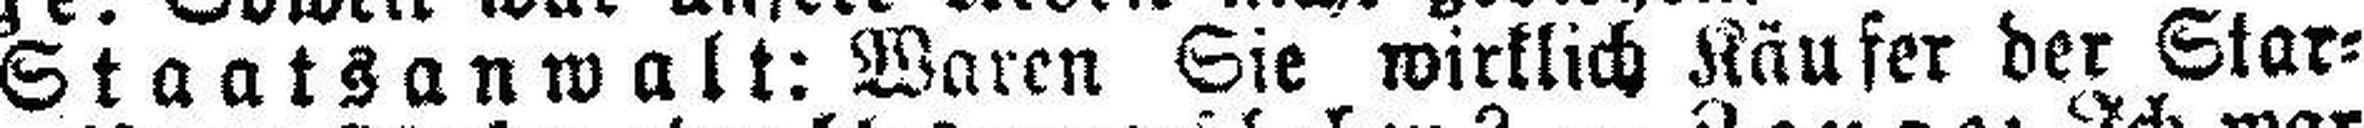
Staatsanwalt: Waren Sie wirklich Käufer der Star¬